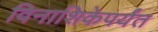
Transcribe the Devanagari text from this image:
विनाशिकेपर्यंत